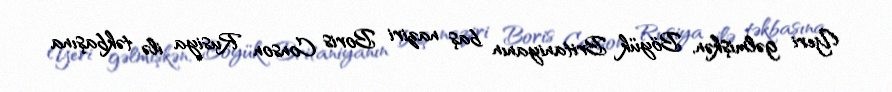
Yeri gəlmişkən, Böyük Britaniyanın baş naziri Boris Conson Rusiya ilə təkbaşına